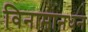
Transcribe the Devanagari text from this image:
विनामानधन